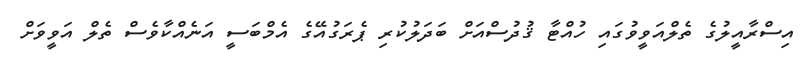
އިސްރާއީލުގެ ތެލްއަވީވުގައި ހުއްޓާ ޤުދުސްއަށް ބަދަލުކުރި ޕެރަގުއޭގެ އެމްބަސީ އަނެއްކާވެސް ތެލް އަވީވަށް